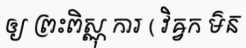
ឲ្យ ព្រះពិស្ណុ ការ ( វិឝ្វក ម៌ន៑